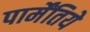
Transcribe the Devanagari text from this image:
पार्मेंतिये